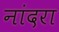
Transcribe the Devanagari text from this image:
नांदरा